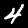
Label: 4